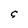
Character: g